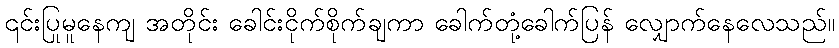
၎င်းပြုမူနေကျ အတိုင်း ခေါင်းငိုက်စိုက်ချကာ ခေါက်တုံ့ခေါက်ပြန် လျှောက်နေလေသည်။